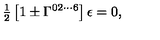
{ \textstyle \frac { 1 } { 2 } } \left[ 1 \pm \Gamma ^ { 0 2 \cdots 6 } \right] \epsilon = 0 ,